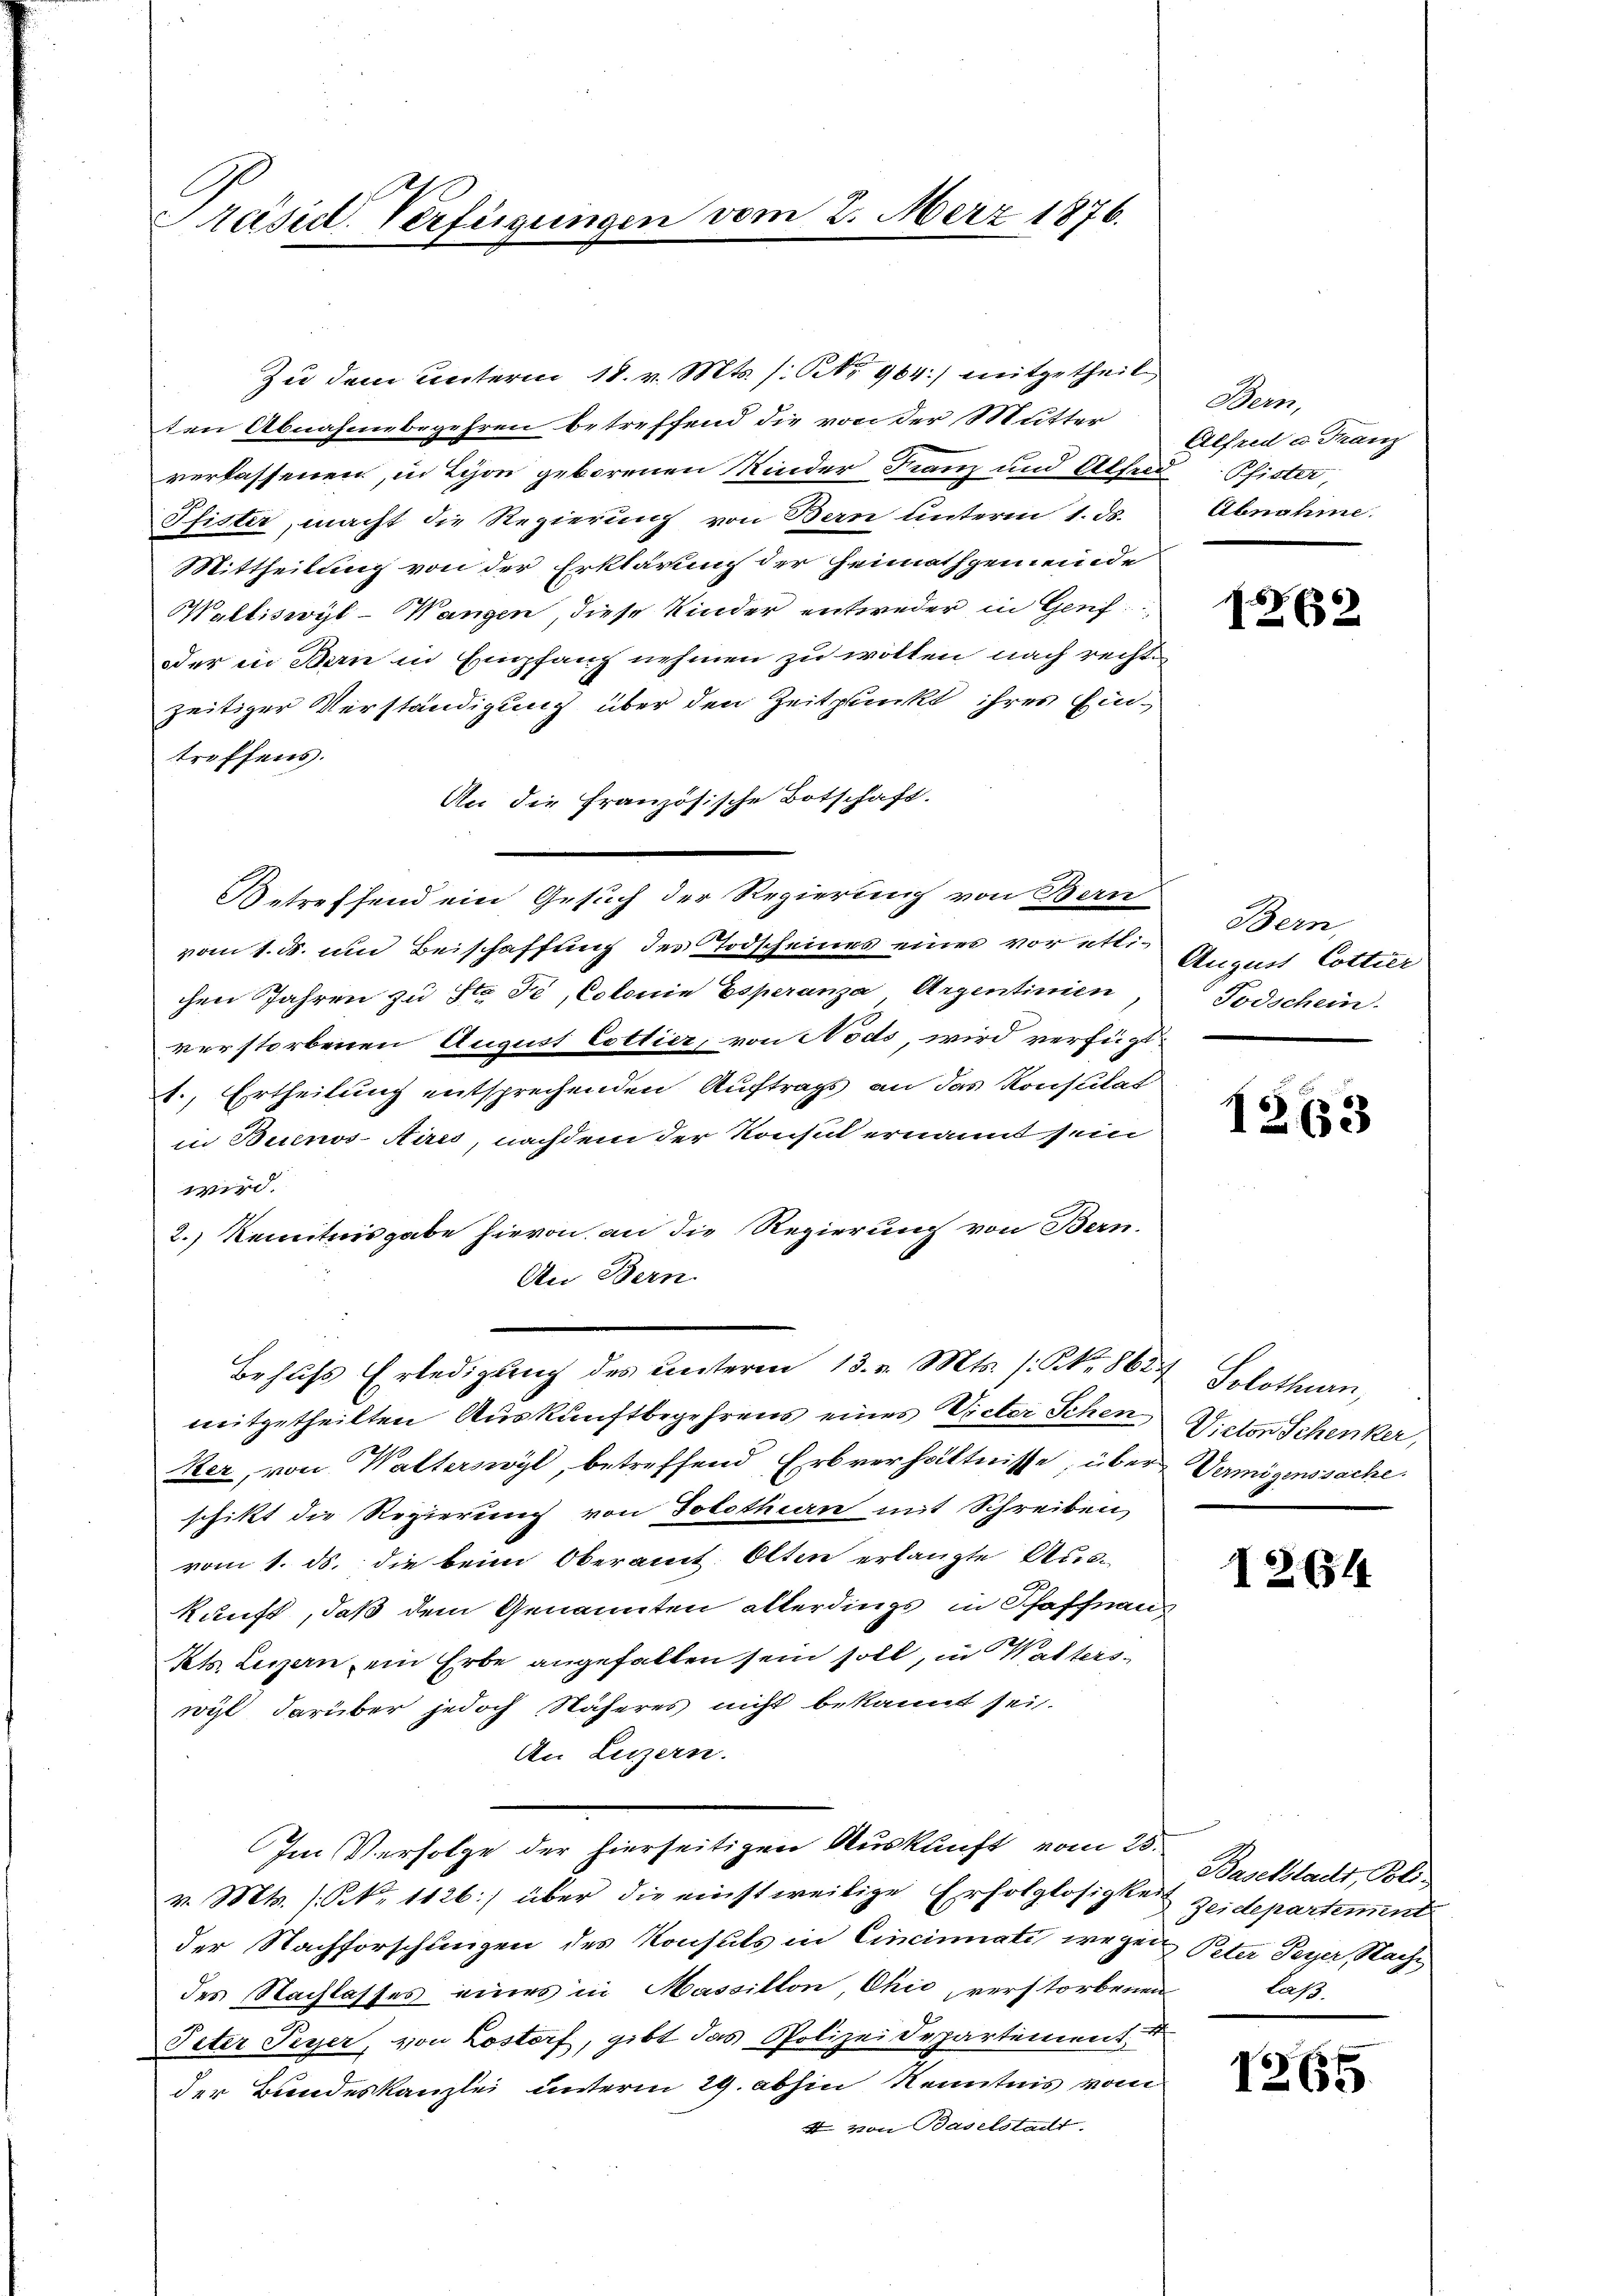
Präsid. Verfügung

e

Zu dem unterm 18. v. Mts. (: No 964) mitgetheilten Abnahmebegehren betreffend die von der Mutter
verlassenen, in Lion geborenen Kinder Franz und Alfred Pfister,
Pfister, macht die Regierung von Bern Unterm 1. ds.
Mittheilung von der Erklärung der Heimathgemeinde
Walliswyl-Wangen, diese Kinder entweder in Genf
oder in Bern in Empfang nehmen zu wollen nach rechte
zeitiger Verständigung über den Zeitpunkt ihres Eintreffens.
An die französische Botschaft.
Betreffend ein Gesuch der Regierung von Bern
vom 1. ds. um Beischaffung des Todscheines eines vorette Anant Cottier
chen Jahren zu ste Fe, Colonie Esperanza, Argentinien
verstorbenen August Cottier, von Nods, wird verfügt
1., Ertheilung entsprechenden Auftrags an das Konsulat
in Buenos-Aires, nachdem der Konsul ernannt sein
wird.
2.) Kenntnisgabe hievon an die Regierung von Bern.
An Bern.
Behufs Erledigung des ŭnterm 13. v. Mts. s. S. 8654, Solothurn,
mitgetheilten Auskunftbegehrens eines Vieler Schen Victor Schenker,
Ker, von Walterswyl, betreffend Erbverhältnisse, über Vermögenssache
schikt die Regierung von Solothin mit Schreiben
vom 1. ds. die beim Oberamt Olten erlangte Aus-
kunft, daß dem Genannten allerdings in Schaffnau
Kts. Luzern ein Erbe angefallen sein soll, in Walterswyl darüber jedoch Näheres nicht bekannt sei.
An Luzern.
Im Verfolge der hierseitigen Auskunft vom 25.
v. Mts. 1. N. 1126) über die einstweilige Erfolglosigkeit zeidepartement
der Nachforschungen des Konsuls in Cincinati wegen Peter Peyer, Nach
des Nachlasses eines in Massillon, Chić, verstorbenen laß-
Peter Peyer, von Lostorf, gibt das Polizeidepartement
der Bundeskanzlei unterm 29. abhin Kenntnis vom
4 von Baselstadt.

. Merz 1876.

Bern,
Alfred a. Franz
Abnahme.

3

Bern,
Todschein.

1263

126544

Baselstadt, Poli-

1265